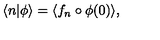
\langle n | \phi \rangle = \langle f _ { n } \circ \phi ( 0 ) \rangle ,